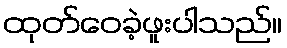
ထုတ်ဝေခဲ့ဖူးပါသည်။